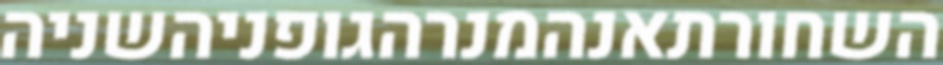
השחורתאנהמנרהגופניהשניה